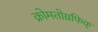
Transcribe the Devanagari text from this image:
क्रोमतोग्रफिक्